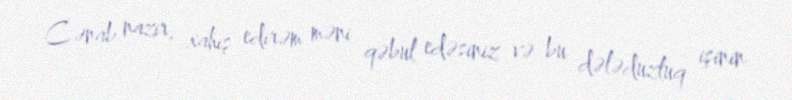
Cənab nazir, xahiş edirəm məni qəbul edəsiniz və bu dələduzluq işinin